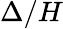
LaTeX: \Delta/H